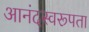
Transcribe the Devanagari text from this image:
आनंदस्वरूपता